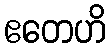
ဧတေဟိ